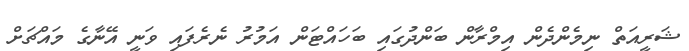
ޝަރީއަތް ނިމެންދެން އިމްރާން ބަންދުގައި ބަހައްޓަން އަމުރު ނެރެފައި ވަނީ އޭނާގެ މައްޗަށް